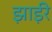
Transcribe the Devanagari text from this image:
झाईरे